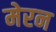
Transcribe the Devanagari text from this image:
मेरन